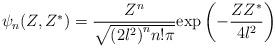
LaTeX: \begin{align*}\psi_n(Z,Z ^{\ast}) = \frac{Z^n}{\sqrt{{(2l^2)}^n n! \pi}}{\exp}\left(-\frac{ZZ^{\ast}}{4l^2}\right)\end{align*}